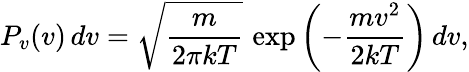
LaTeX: P_{v}(v)\, dv={\sqrt{\frac{m}{2\pi kT}}}\, \exp\left(-{\frac{mv^{2}}{2kT}}\right)\, dv,